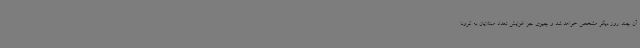
آن چند روز دیگر مشخص خواهد شد و چیزی جز افزایش تعداد مبتلایان به کرونا